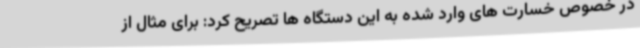
در خصوص خسارت های وارد شده به این دستگاه ها تصریح کرد: برای مثال از